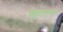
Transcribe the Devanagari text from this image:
न्यूहाउस